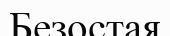
Безостая